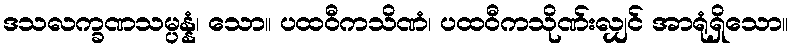
ဒသလက္ခဏသမ္ပန္နံ၊ သော။ ပထဝီကသိဏံ၊ ပထဝီကသိုဏ်းလျှင် အာရုံရှိသော။